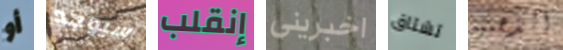
أو سيوجد إنقلب اخبرينى تشتاق الذهبيه